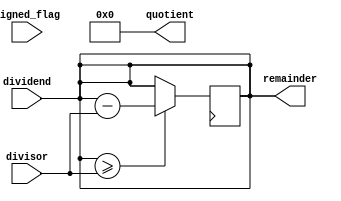
module binary_divider (
    input wire signed_flag, // 1 for signed input, 0 for unsigned input
    input wire [7:0] dividend,
    input wire [7:0] divisor,
    output reg [7:0] quotient,
    output reg [7:0] remainder
);
// Subtract two binary numbers
always @(posedge clk) begin
    if (dividend >= divisor) begin
        dividend <= dividend - divisor;
        quotient <= quotient + 1;
    end
end

// Initialize values for division operation
always @(*) begin
    quotient = 8'b00000000;
    remainder = dividend;
end
endmodule